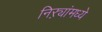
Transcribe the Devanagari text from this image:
निऱ्यांमध्ये